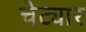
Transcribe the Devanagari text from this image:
चेट्यार